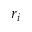
r _ { i }